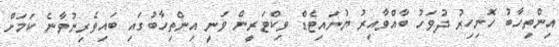
އިންތިހާބު ހޮނިހިރު ދުވަހު ބާއްވާއިރު ޔުނައިޓެޑް ވިކްޓަރީން ވަނީ އިންތިހާބުގައި ބައިވެރިނުވާނެ ކަމަށް